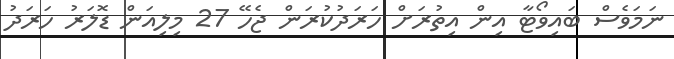
ނަމަވެސް ބައިވޯޓާ އިން އިތުރަށް ހަރަދުކުރަން ޖެހޭ 27 މިލިއަން ޑޮލަރު ހަަރަދު